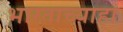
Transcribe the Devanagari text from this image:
भारताच्याहा